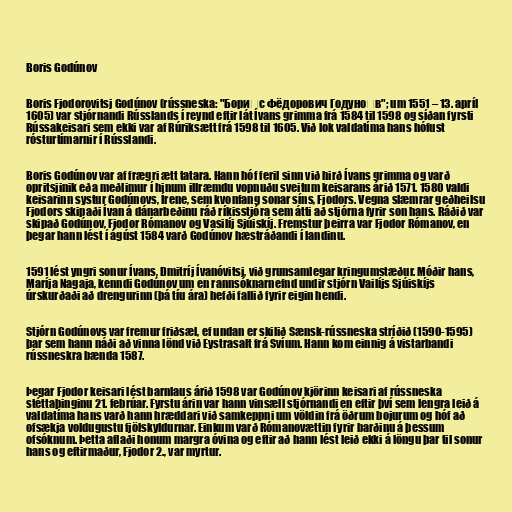
Boris Godúnov

Boris Fjodorovitsj Godúnov (rússneska: "Бори́с Фёдорович Годуно́в"; um 1551 – 13. apríl
1605) var stjórnandi Rússlands í reynd eftir lát Ívans grimma frá 1584 til 1598 og síðan fyrsti
Rússakeisari sem ekki var af Rúriksætt frá 1598 til 1605. Við lok valdatíma hans hófust
rósturtímarnir í Rússlandi.

Boris Godúnov var af frægri ætt tatara. Hann hóf feril sinn við hirð Ívans grimma og varð
opritsjinik eða meðlimur í hinum illræmdu vopnuðu sveitum keisarans árið 1571. 1580 valdi
keisarinn systur Godúnovs, Írene, sem kvonfang sonar síns, Fjodors. Vegna slæmrar geðheilsu
Fjodors skipaði Ívan á dánarbeðinu ráð ríkisstjóra sem átti að stjórna fyrir son hans. Ráðið var
skipað Godúnov, Fjodor Rómanov og Vasilíj Sjúiskíj. Fremstur þeirra var Fjodor Rómanov, en
þegar hann lést í ágúst 1584 varð Godúnov hæstráðandi í landinu.

1591 lést yngri sonur Ívans, Dmitríj Ívanóvitsj, við grunsamlegar kringumstæður. Móðir hans,
Maríja Nagaja, kenndi Godúnov um en rannsóknarnefnd undir stjórn Vailíjs Sjúiskíjs
úrskurðaði að drengurinn (þá tíu ára) hefði fallið fyrir eigin hendi.

Stjórn Godúnovs var fremur friðsæl, ef undan er skilið Sænsk-rússneska stríðið (1590-1595)
þar sem hann náði að vinna lönd við Eystrasalt frá Svíum. Hann kom einnig á vistarbandi
rússneskra bænda 1587.

Þegar Fjodor keisari lést barnlaus árið 1598 var Godúnov kjörinn keisari af rússneska
stéttaþinginu 21. febrúar. Fyrstu árin var hann vinsæll stjórnandi en eftir því sem lengra leið á
valdatíma hans varð hann hræddari við samkeppni um völdin frá öðrum bojurum og hóf að
ofsækja voldugustu fjölskyldurnar. Einkum varð Rómanovættin fyrir barðinu á þessum
ofsóknum. Þetta aflaði honum margra óvina og eftir að hann lést leið ekki á löngu þar til sonur
hans og eftirmaður, Fjodor 2., var myrtur.